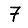
Digit: 7